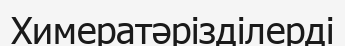
Химератәрізділерді